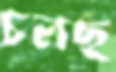
চলছ